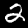
Digit: 2